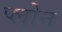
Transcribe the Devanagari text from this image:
प्लोन